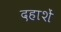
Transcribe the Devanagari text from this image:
दहाशें